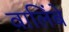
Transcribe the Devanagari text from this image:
वालिंबे